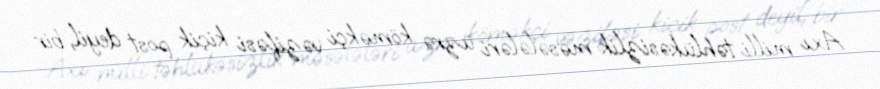
Axı milli təhlükəsizlik məsələləri üzrə köməkçi vəzifəsi kiçik post deyil, bir